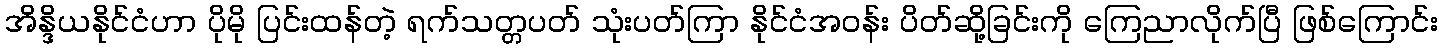
အိန္ဒိယနိုင်ငံဟာ ပိုမို ပြင်းထန်တဲ့ ရက်သတ္တပတ် သုံးပတ်ကြာ နိုင်ငံအဝန်း ပိတ်ဆို့ခြင်းကို ကြေညာလိုက်ပြီ ဖြစ်ကြောင်း